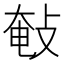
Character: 㪑